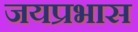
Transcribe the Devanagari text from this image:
जयप्रभास